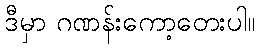
ဒီမှာ ဂဏန်းကော့တေးပါ။